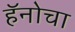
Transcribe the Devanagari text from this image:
हॅनोचा